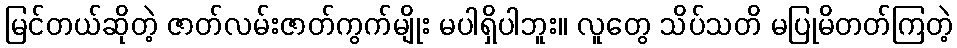
မြင်တယ်ဆိုတဲ့ ဇာတ်လမ်းဇာတ်ကွက်မျိုး မပါရှိပါဘူး။ လူတွေ သိပ်သတိ မပြုမိတတ်ကြတဲ့